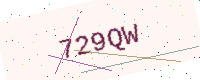
Text: 729QW